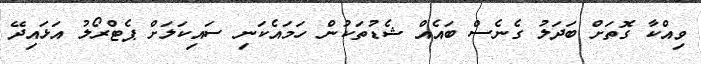
ވިއްކާ ގޮތަށް ބަދަލު ގެނެސް ބައެއް ޝެޑުތަކުން ހަމައެކަނި ސައިކަލަށް ޕެޓްރޯލު އަޅައިދޭ